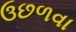
ઉછળવા